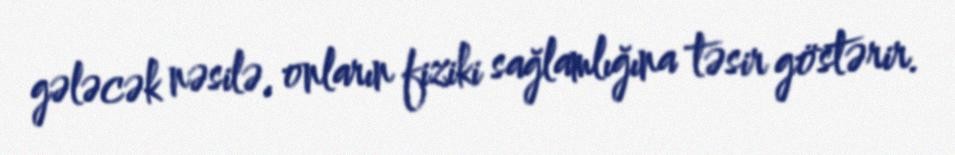
gələcək nəsilə, onların fiziki sağlamlığına təsir göstərir.